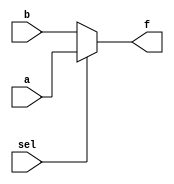
`timescale 1ns / 1ps
//////////////////////////////////////////////////////////////////////////////////
// Company: 
// Engineer: 
// 
// Design Name: 
// Module Name:    generate_set_of_MUX 
// Project Name: 
// Target Devices: 
// Tool versions: 
// Description: 
//
// Dependencies: 
//
// Revision: 
// Revision 0.01 - File Created
// Additional Comments: 
//
//////////////////////////////////////////////////////////////////////////////////
module generate_set_of_MUX(a, b, f, sel);
	input [0:3] a, b;
	input sel; 
	output [0:3] f; 
	assign f = sel ? a : b;


endmodule